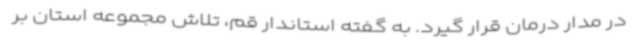
در مدار درمان قرار گیرد. به گفته استاندار قم، تلاش مجموعه استان بر